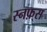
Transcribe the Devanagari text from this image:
स्नफ़्स